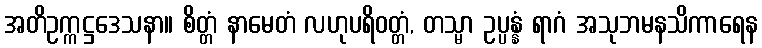
အတိဥက္ကဋ္ဌဒေသနာ။ စိတ္တံ နာမေတံ လဟုပရိဝတ္တံ, တသ္မာ ဥပ္ပန္နံ ရာဂံ အသုဘမနသိကာရေန